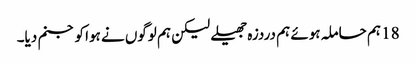
18 ہم حاملہ ہوئے ہم دردزہ جھیلے لیکن ہم لوگوں نے ہوا کو جنم دیا۔